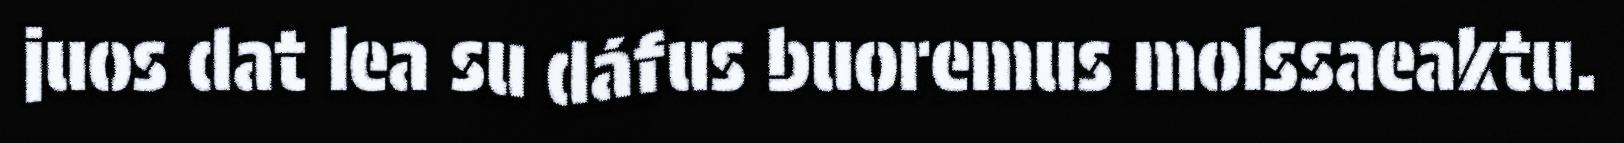
juos dat lea su dáfus buoremus molssaeaktu.